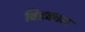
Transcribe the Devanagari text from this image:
विडक्घभ